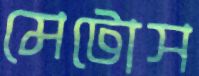
মেটোস